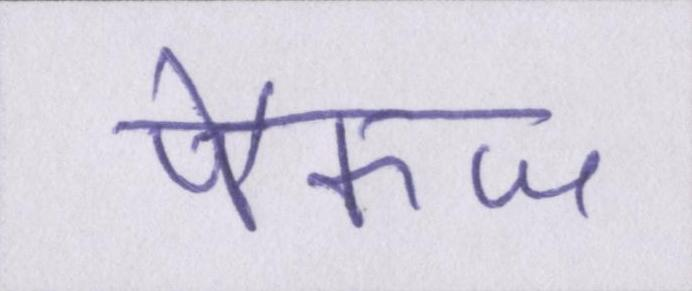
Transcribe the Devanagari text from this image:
पैकज